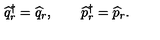
\widehat q _ { r } ^ { \dagger } = \widehat q _ { r } , \qquad \widehat p _ { r } ^ { \dagger } = \widehat p _ { r } .